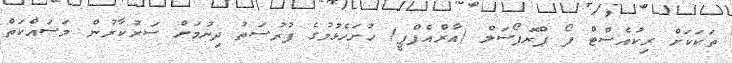
ތަކަކަށް ރިކުއެސްޓް ފޯ ޕްރޮޕޯސަލް (އާރްއެފްޕީ) ހުށަހެޅުމުގެ ފުރުސަތު ދިނުމަށް ސަރުކާރުން މަސައްކަތް